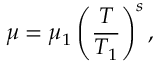
\mu = \mu _ { 1 } \left( \frac { T } { T _ { 1 } } \right) ^ { s } ,